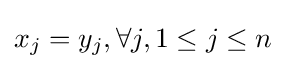
x_{j}=y_{j},\forall j,1\leq j\leq n